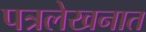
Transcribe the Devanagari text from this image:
पत्रलेखनात